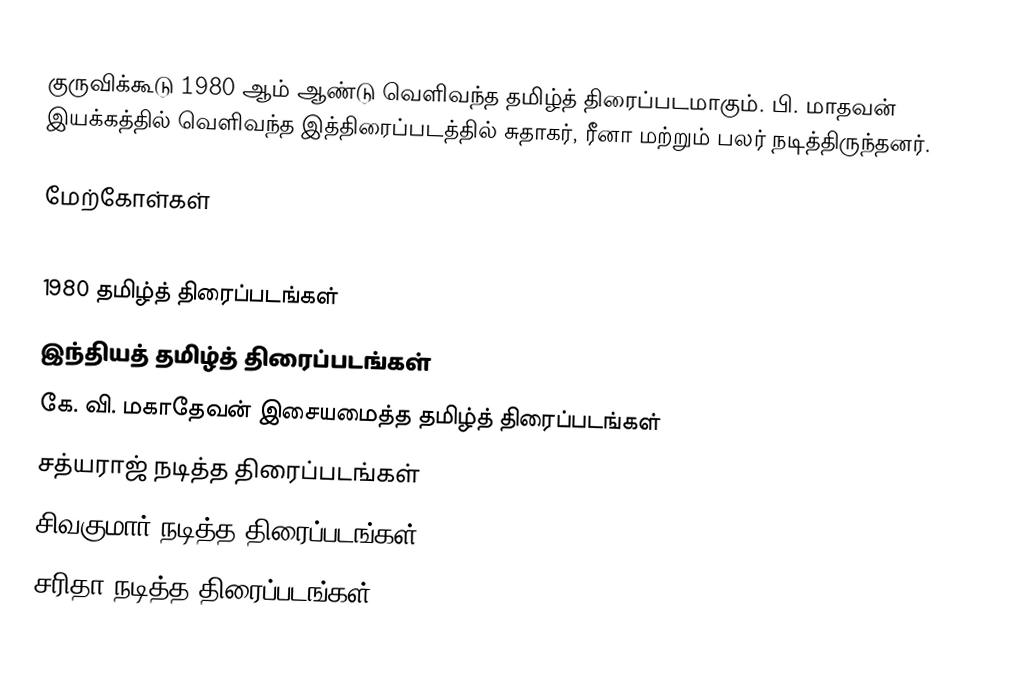
குருவிக்கூடு 1980 ஆம் ஆண்டு வெளிவந்த தமிழ்த் திரைப்படமாகும். பி. மாதவன் இயக்கத்தில் வெளிவந்த இத்திரைப்படத்தில் சுதாகர், ரீனா மற்றும் பலர் நடித்திருந்தனர்.

மேற்கோள்கள்

1980 தமிழ்த் திரைப்படங்கள்
இந்தியத் தமிழ்த் திரைப்படங்கள்
கே. வி. மகாதேவன் இசையமைத்த தமிழ்த் திரைப்படங்கள்
சத்யராஜ் நடித்த திரைப்படங்கள்
சிவகுமார் நடித்த திரைப்படங்கள்
சரிதா நடித்த திரைப்படங்கள்